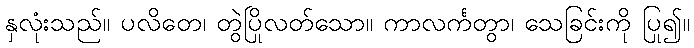
နှလုံးသည်။ ပလိတေ၊ တွဲပြိုလတ်သော။ ကာလင်္ကတွာ၊ သေခြင်းကို ပြု၍။